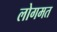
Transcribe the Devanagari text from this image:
लोगमत